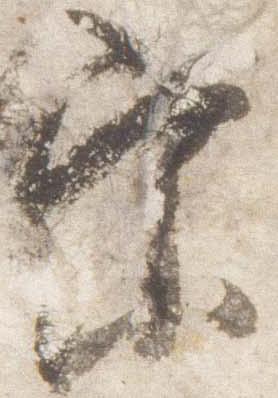
参